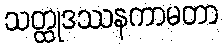
သတ္ထုဒဿနကာမတာ